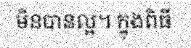
មិនបានល្អ។ ក្នុងពិធី